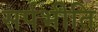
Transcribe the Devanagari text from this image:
सर्पभीति